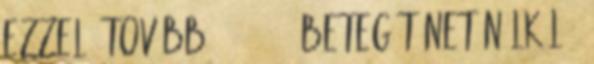
ezzel. Tovább » 100 000 beteg tünet nélkül –